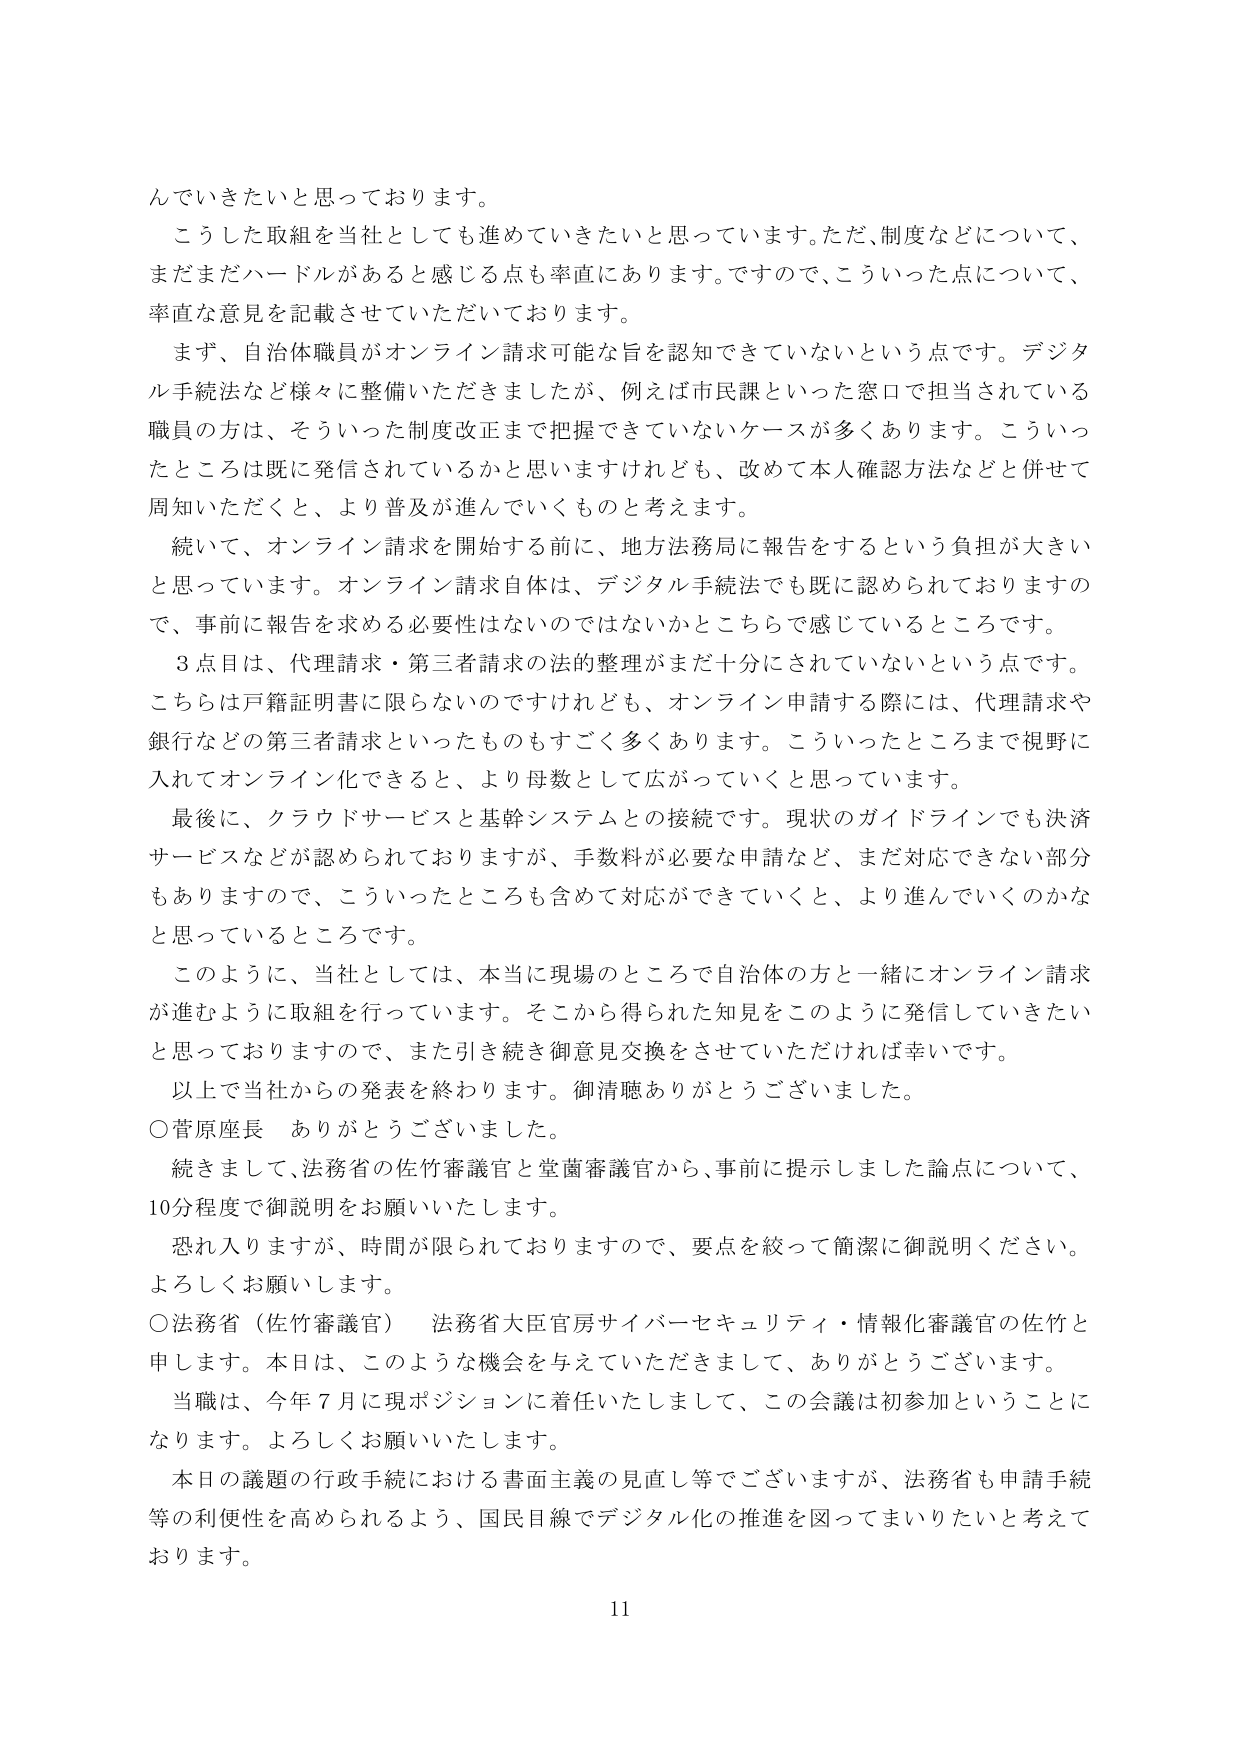
んでいきたいと思っております。

こうした取組を当社としても進めていきたいと思っています。ただ、制度などについて、まだまだハードルがあると感じる点も率直にあります。ですので、こういった点について、率直な意見を記載させていただいております。

まず、自治体職員がオンライン請求可能な旨を認知できていないという点です。デジタル手続法など様々に整備いただきましたが、例えば市民課といった窓口で担当されている職員の方は、そういった制度改正まで把握できていないケースが多くあります。こういったところは既に発信されているかと思いますけれども、改めて本人確認方法などと併せて周知いただくと、より普及が進んでいくものと考えます。

続いて、オンライン請求を開始する前に、地方法務局に報告をするという負担が大きいと思っています。オンライン請求自体は、デジタル手続法でも既に認められておりますので、事前に報告を求める必要性はないのではないかとこちらで感じているところです。

3点目は、代理請求・第三者請求の法的整理がまだ十分にされていないという点です。こちらは戸籍証明書に限らないのですけれども、オンライン申請する際には、代理請求や銀行などの第三者請求といったものもすごく多くあります。こういったところまで視野に入れてオンライン化できると、より母数として広がっていくと思っています。

最後に、クラウドサービスと基幹システムとの接続です。現状のガイドラインでも決済サービスなどが認められておりますが、手数料が必要な申請など、まだ対応できない部分もありますので、こういったところも含めて対応ができていくと、より進んでいくのかなと思っているところです。

このように、当社としては、本当に現場のところまで自治体の方と一緒にオンライン請求が進むように取組を行っています。そこから得られた知見をこのように発信していきたいと思っておりますので、また引き続き御意見交換をさせていただければ幸いです。

以上で当社からの発表を終わります。御清聴ありがとうございました。

○菅原座長　ありがとうございました。

続きまして、法務省の佐竹審議官と堂薗審議官から、事前に提示しました論点について、10分程度で御説明をお願いいたします。

恐れ入りますが、時間が限られておりますので、要点を絞って簡潔に御説明ください。よろしくお願いします。

○法務省（佐竹審議官）　法務省大臣官房サイバーセキュリティ・情報化審議官の佐竹と申します。本日は、このような機会を与えていただきまして、ありがとうございます。

当職は、今年7月に現ポジションに着任いたしまして、この会議は初参加ということになります。よろしくお願いいたします。

本日の議題の行政手続における書面主義の見直し等でございますが、法務省も申請手続等の利便性を高められるよう、国民目線でデジタル化の推進を図ってまいりたいと考えております。

11